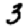
Digit: 3